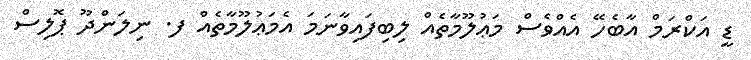
ޑީ އަކްރަމް އާބެހޭ އެއްވެސް މަޢުލޫމާތެއް ލިބިފައިވާނަމަ އެމަޢުލޫމާތެއް ފ. ނިލަންދޫ ޕޮލިސް